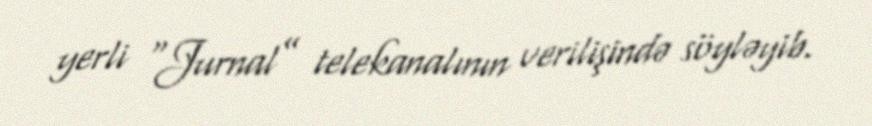
yerli “Jurnal” telekanalının verilişində söyləyib.